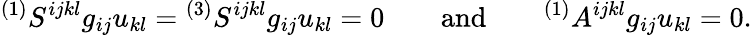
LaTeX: {}^{(1)}S^{ijkl}g_{ij}u_{kl}={}^{(3)}S^{ijkl}g_{ij}u_{kl}=0\qquad\mathrm{and}\qquad{}^{(1)}A^{ijkl}g_{ij}u_{kl}=0.